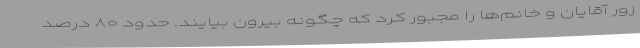
زور آقایان و خانم‌ها را مجبور کرد که چگونه بیرون بیایند. حدود ۸۰ درصد